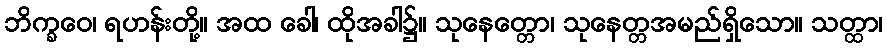
ဘိက္ခဝေ၊ ရဟန်းတို့။ အထ ခေါ၊ ထိုအခါ၌။ သုနေတ္တော၊ သုနေတ္တအမည်ရှိသော။ သတ္ထာ၊